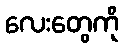
လေးတွေကို